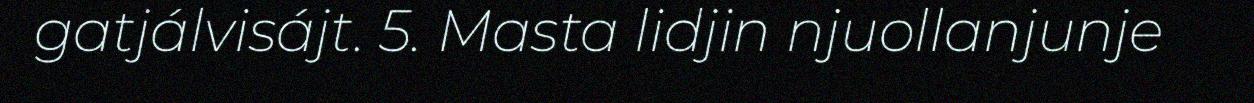
gatjálvisájt. 5. Masta lidjin njuollanjunje